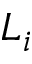
L _ { i }